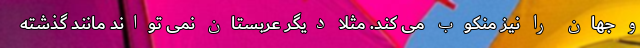
و جهان را نیز منکوب می کند. مثلاً دیگر عربستان نمی تواند مانند گذشته